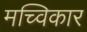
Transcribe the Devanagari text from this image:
मच्विकार